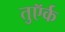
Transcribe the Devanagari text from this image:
तुऍर्क